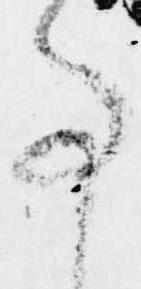
事